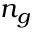
n _ { g }